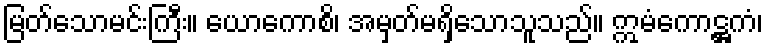
မြတ်သောမင်းကြီး။ ယောကောစိ၊ အမှတ်မရှိသောသူသည်။ ဣမံကောဋ္ဌကံ၊